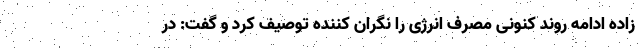
زاده ادامه روند کنونی مصرف انرژی را نگران کننده توصیف کرد و گفت: در